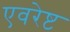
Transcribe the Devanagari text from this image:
एवरेष्ट